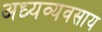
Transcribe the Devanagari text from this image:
अध्यव्यवसाय